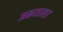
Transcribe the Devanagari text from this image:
अढयाला